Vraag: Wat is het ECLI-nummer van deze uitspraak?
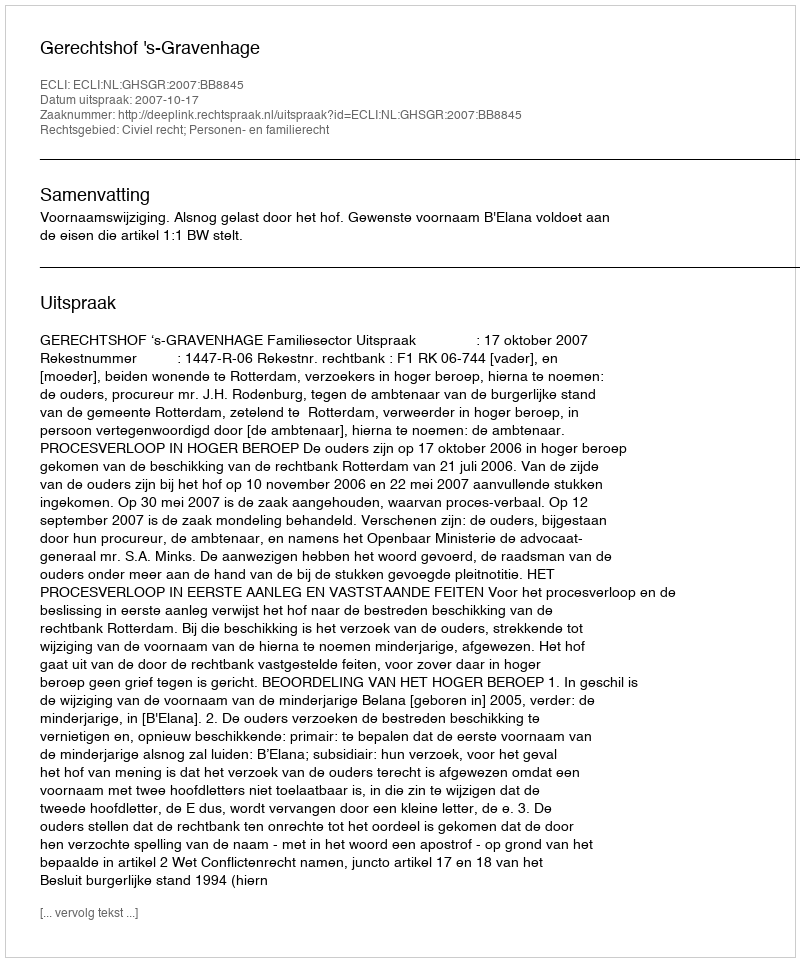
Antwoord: ECLI:NL:GHSGR:2007:BB8845